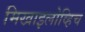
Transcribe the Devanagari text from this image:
मिखाइलोव्हिच